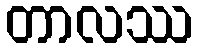
တာလဿ